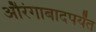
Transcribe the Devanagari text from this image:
औरंगाबादपर्यंत